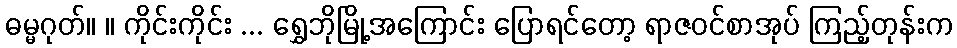
ဓမ္မဂုတ်။ ။ ကိုင်းကိုင်း ... ရွှေဘိုမြို့အကြောင်း ပြောရင်တော့ ရာဇဝင်စာအုပ် ကြည့်တုန်းက